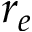
r _ { e }